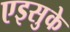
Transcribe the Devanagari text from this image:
एइसुके